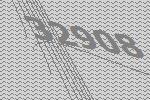
32908